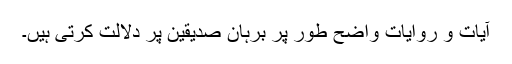
آیات و روایات واضح طور پر برہان صدیقین پر دلالت کرتی ہیں۔